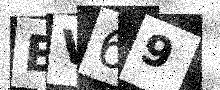
Text: EV69